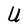
Character: U